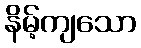
နိမ့်ကျသော